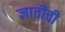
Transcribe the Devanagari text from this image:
ज्ञातीची